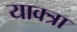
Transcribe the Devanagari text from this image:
याक्त्रा